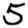
Digit: 5